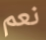
نعم